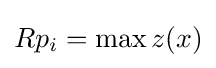
Rp_{i}=\max z(x)